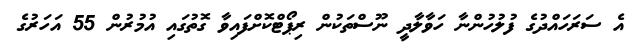
އެ ސަރަހައްދުގެ ފުލުހުންނާ ހަވާލާދީ ނޫސްތަކުން ރިޕޯޓްކޮށްފައިވާ ގޮތުގައި އުމުރުން 55 އަހަރުގެ